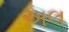
અલ